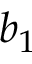
b _ { 1 }